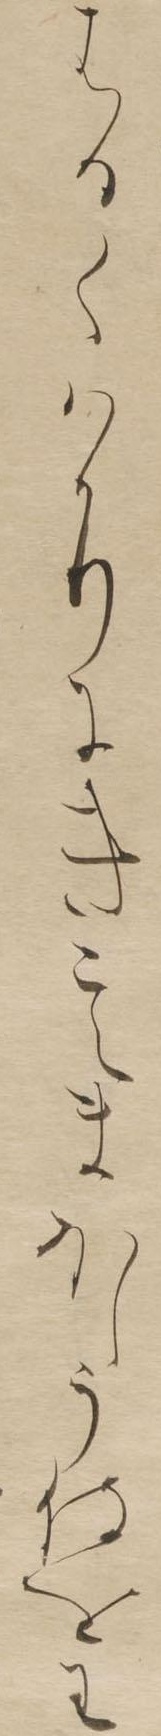
はるくはかりにきこえまほしう侍をわ